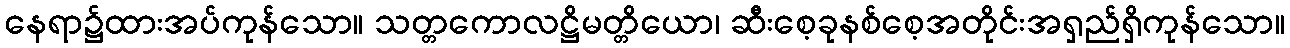
နေရာ၌ထားအပ်ကုန်သော။ သတ္တကောလဋ္ဌိမတ္တိယော၊ ဆီးစေ့ခုနစ်စေ့အတိုင်းအရှည်ရှိကုန်သော။